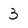
Character: 3